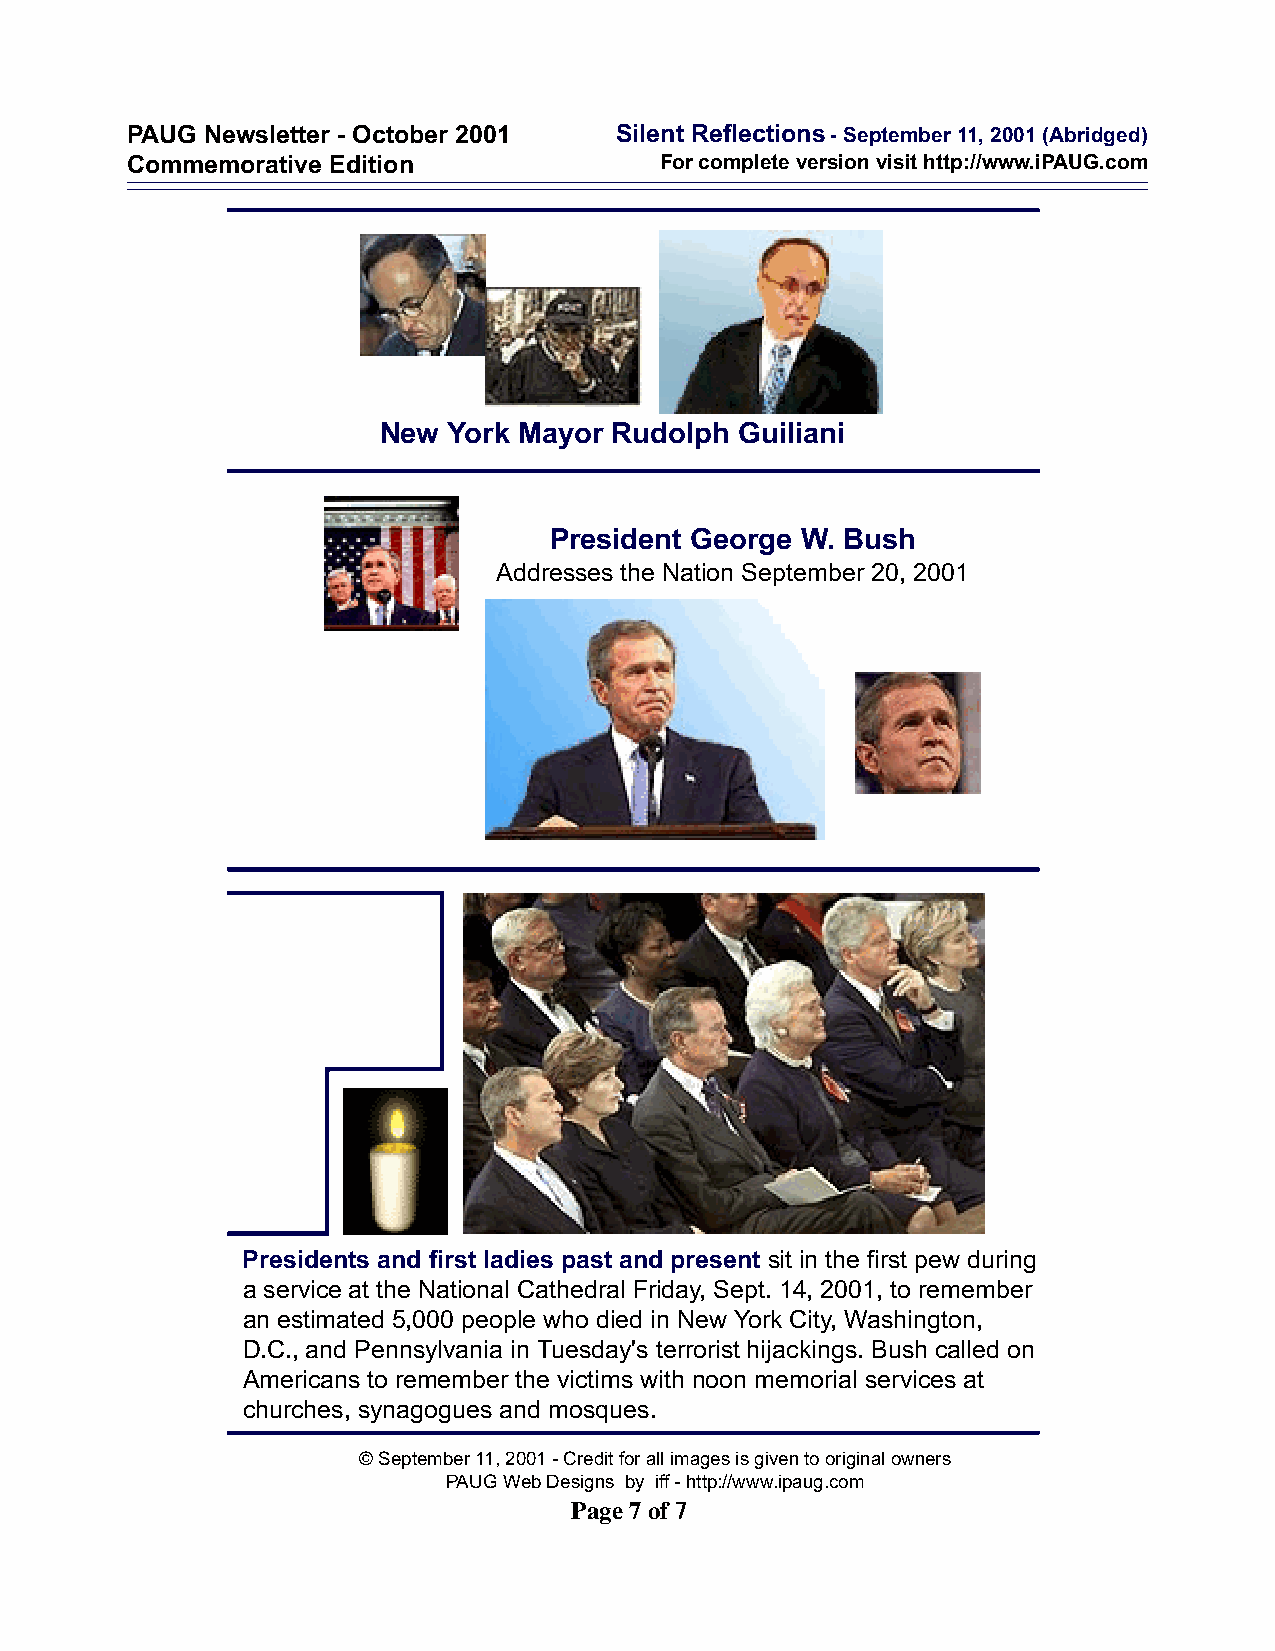
PAUG Newsletter - October 2001   Silent Reflections - September 11, 2001 (Abridged)
 Commemorative Edition               For complete version visit http://www.iPAUG.com
 New  York Mayor Rudolph Guiliani
 President George W. Bush
 Addresses the Nation September 20, 2001
 Presidents and first ladies past and present sit in the first pew during
 a service at the National Cathedral Friday, Sept. 14, 2001, to remember
 an estimated 5,000 people who died in New York City, Washington,
 D.C., and Pennsylvania in Tuesday's terrorist hijackings. Bush called on
 Americans to remember the victims with noon memorial services at
 churches, synagogues and mosques.
 © September 11, 2001 - Credit for all images is given to original owners
 PAUG Web Designs by iff - http://www.ipaug.com
 Page 7 of 7